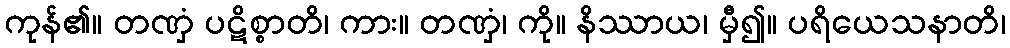
ကုန်၏။ တဏှံ ပဋိစ္စာတိ၊ ကား။ တဏှံ၊ ကို။ နိဿာယ၊ မှီ၍။ ပရိယေသနာတိ၊